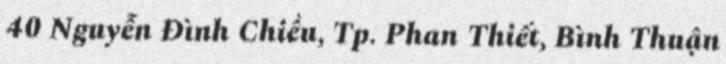
40 Nguyễn Đình Chiểu, Tp. Phan Thiết, Bình Thuận